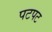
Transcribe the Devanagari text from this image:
पटपट